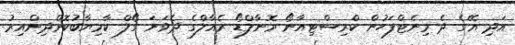
އަދި އޭގެ ދެ މިނެޓްފަހުން ކްރިސްޓިއާނޯ ރޮނާލްޑޯ ރެއާލްގެ ދެވަނަ ގޯލް ކާމިޔާބުކޮށްދިންއިރު